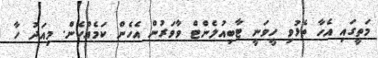
މަތީގައި އެހާ ތެޅުވި ހީވަނީ ޓާބިއުލެންޓް ވާވަރުން އެހެން ކަމެއްހެން. މިއަދު ހާ